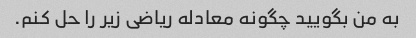
به من بگویید چگونه معادله ریاضی زیر را حل کنم.